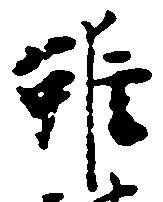
雖